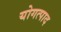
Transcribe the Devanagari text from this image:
योगत्पाद